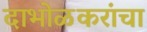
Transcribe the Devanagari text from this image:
दाभोळकरांचा